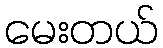
မေးတယ်